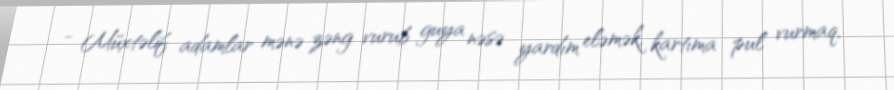
- Müxtəlif adamlar mənə zəng vurub guya nəsə yardım eləmək, kartıma pul vurmaq,